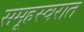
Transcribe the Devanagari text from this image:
समूहस्वरात